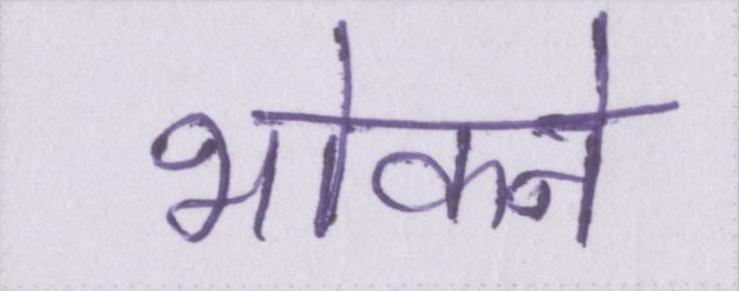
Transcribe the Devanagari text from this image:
भोकने